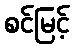
စင်မြင့်